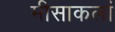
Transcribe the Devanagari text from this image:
मीसाकलां